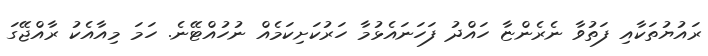
ރައުޔުތަކާއި ފަތުވާ ނެރެންޏާ ހައްދު ފަހަނައެޅުމާ ހަރުކަށިކަމެއް ނުހުއްޓޭނެ. ހަމަ މިއާއެކު ރާއްޖޭގަ